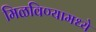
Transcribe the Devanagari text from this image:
मिळविण्यामध्ये